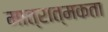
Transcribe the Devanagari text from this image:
मात्रात्मकता